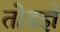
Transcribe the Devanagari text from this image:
तोडज्ञे